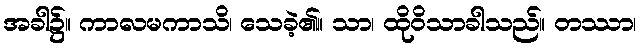
အခါ၌။ ကာလမကာသိ၊ သေခဲ့၏။ သာ၊ ထိုဝိသာခါသည်။ တဿာ၊